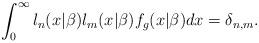
LaTeX: \begin{align*}\int_{0}^{\infty }l_{n}(x|\beta )l_{m}(x|\beta )f_{g}(x|\beta )dx=\delta_{n,m}. \end{align*}